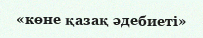
«көне қазақ әдебиеті»